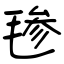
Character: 毶